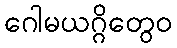
ဂေါမယဂ္ဂိတွေဝ